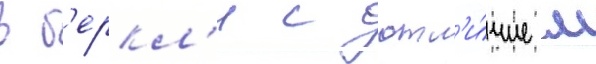
в б'еркл'и с отл'и́чием